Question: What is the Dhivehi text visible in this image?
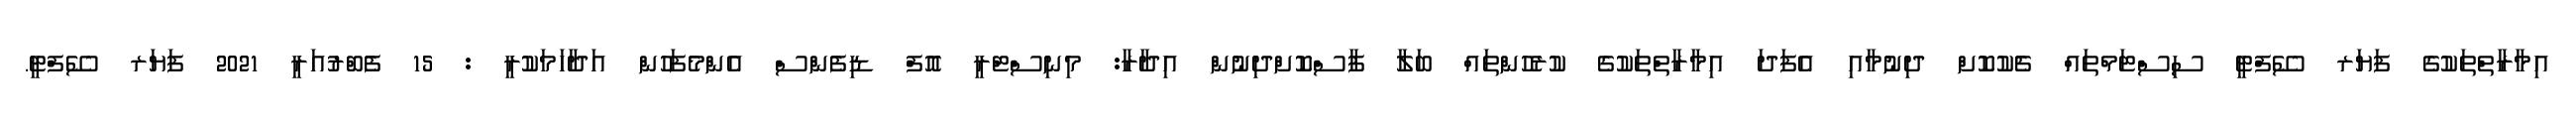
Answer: އިމާރާތްތަކުގެ ފަޔަރ ސޭފްޓީ ސިސްޓަމްތައް ޗެކުކޮށް ދިނުމާއި އެފަދަ އިމާރާތްތަކުގެ ކުރެހުންތައް ބަލާ ފާސްކޮށްދިނުން އިދާރާ: މިނިސްޓްރީ އޮފް ޑިފެންސް އެންމެފަހުން އަދާހަމަކުރީ : 15 ފެބްރުއަރީ 2021 ފަޔަރ ސޭފްޓީ.